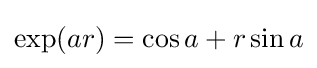
\exp(ar)=\cos a+r\sin a